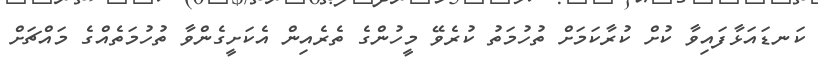
ކަނޑައަޅާފައިވާ ކުށް ކުރާކަމަށް ތުހުމަތު ކުރެވޭ މީހުންގެ ތެރެއިން އެކަށީގެންވާ ތުހުމަތެއްގެ މައްޗަށް